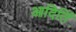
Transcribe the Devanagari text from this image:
आदितिं